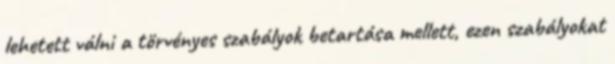
lehetett válni a törvényes szabályok betartása mellett, ezen szabályokat